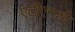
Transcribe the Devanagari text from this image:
एटीएमशी